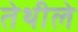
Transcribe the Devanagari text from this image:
तेथीले